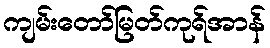
ကျမ်းတော်မြတ်ကုရ်အာန်